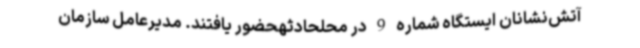
آتش‌نشانان ایستگاه‌ شماره 9 در محلحادثهحضور یافتند. مدیرعامل سازمان